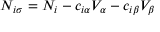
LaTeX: N _ { i \sigma } = N _ { i } - c _ { i \alpha } V _ { \alpha } - c _ { i \beta } V _ { \beta }